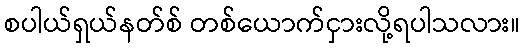
စပါယ်ရှယ်နတ်စ် တစ်ယောက်ငှားလို့ရပါသလား။